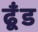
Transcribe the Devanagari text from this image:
ढूँड